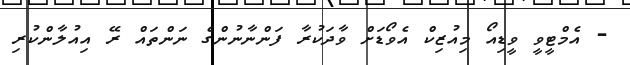
- އެމްޓީވީ ވީޑިއޯ މިއުޒިކް އެވޯޑަށް ވާދަކުރާ ފަންނާނުންގެ ނަންތައް ރޭ އިއުލާންކުރި